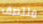
منتصف